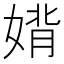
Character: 𫱉